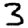
Digit: 3